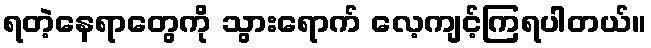
ရတဲ့နေရာတွေကို သွားရောက် လေ့ကျင့်ကြရပါတယ်။